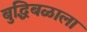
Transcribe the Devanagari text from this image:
बुद्धिबळाला